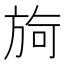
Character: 㫊